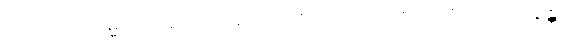
ယံ ယံ ဒေယျဓမ္မံ၊ ကို။ ပရေ ယာဝနကာ၊ တစ်ပါး သောယာစကာတို့သည်။ ယာစန္တိ၊